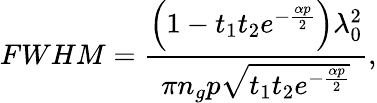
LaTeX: FWHM=\frac{\left(1-t_{1}t_{2}e^{-\frac{\alpha p}{2}}\right)\lambda_{0}^{2}}{\pi n_{g}p\sqrt{t_{1}t_{2}e^{-\frac{\alpha p}{2}}}},